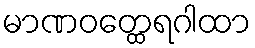
မာဏဝတ္ထေရဂါထာ